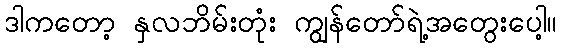
ဒါကတော့ နှလဘိမ်းတုံး ကျွန်တော်ရဲ့အတွေးပေါ့။